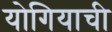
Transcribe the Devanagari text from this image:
योगियाची